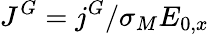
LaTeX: J^{G}=j^{G}/\sigma_{M}E_{0,x}